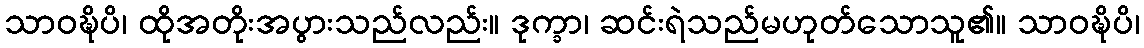
သာဝဍ္ဎိပိ၊ ထိုအတိုးအပွားသည်လည်း။ ဒုက္ခာ၊ ဆင်းရဲသည်မဟုတ်သောသူ၏။ သာဝဍ္ဎိပိ၊